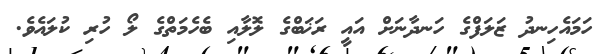
ހަމައެހިނދު ޒަލަފްގެ ހަނދާނަށް އައީ ރަޚަބްގެ ލޮލާއި ބެހެމަތްގެ ލޯ ހުރި ކުލައެވެ.